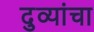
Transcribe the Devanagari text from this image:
दुव्यांचा